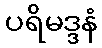
ပရိမဒ္ဒနံ